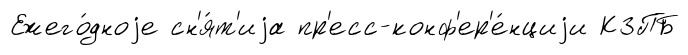
Ежего́дноjе сн'я́т'иjа пр'есс-конф'ер'е́нциjи КЗПБ